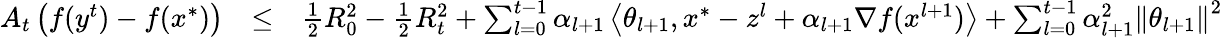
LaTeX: \begin{array}{rlr}{A_{t}\left(f(y^{t})-f(x^{*})\right)}&{\le}&{\frac{1}{2}R_{0}^{2}-\frac{1}{2}R_{t}^{2}+\sum_{l=0}^{t-1}\alpha_{l+1}\left\langle\theta_{l+1},x^{*}-z^{l}+\alpha_{l+1}\nabla f(x^{l+1})\right\rangle+\sum_{l=0}^{t-1}\alpha_{l+1}^{2}\left\| \theta_{l+1}\right\| ^{2}}\end{array}